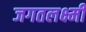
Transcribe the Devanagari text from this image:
जगतलक्ष्मी